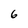
Character: 6